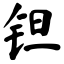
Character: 钽